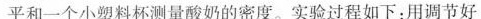
平和一个小塑料杯测量酸奶的密度。实验过程如下：用调节好